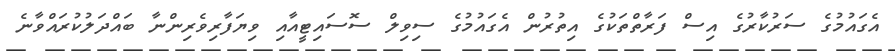
އެގައުމުގެ ސަރުކާރުގެ އިސް ފަރާތްތަކުގެ އިތުރުން އެގައުމުގެ ސިވިލް ސޮސައިޓީއާއި ވިޔަފާރިވެރިންނާ ބައްދަލުކުރައްވާނެ